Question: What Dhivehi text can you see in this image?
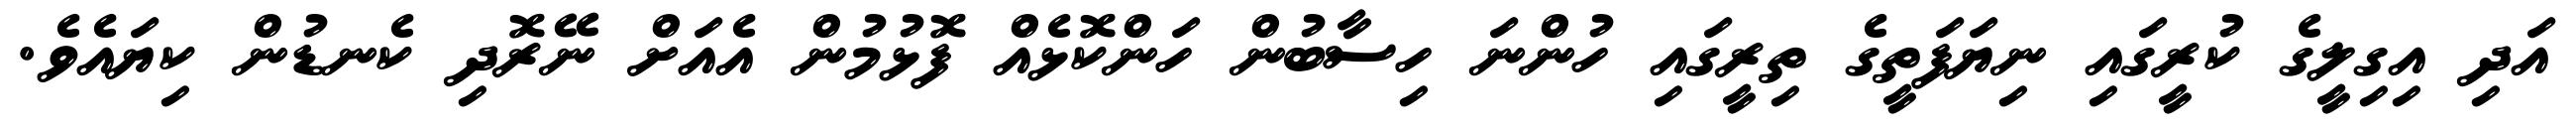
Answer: އަދި އިގިލީގެ ކުރީގައި ނިޔަފަތީގެ ތިރީގައި ހުންނަ ހިސާބުން ހަންކޮޅެއް ފޮޅުމުން އެއަށް ނޭރޮދި ކެނޑުން ކިޔައެވެ.